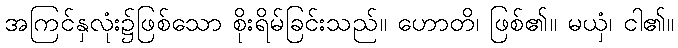
အကြင်နှလုံး၌ဖြစ်သော စိုးရိမ်ခြင်းသည်။ ဟောတိ၊ ဖြစ်၏။ မယှံ၊ ငါ၏။